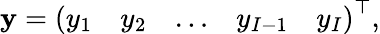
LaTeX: \mathbf{y}=\left(\begin{array}{lllll}{y_{1}}&{y_{2}}&{\dots}&{y_{I-1}}&{y_{I}}\end{array}\right)^{\top},